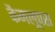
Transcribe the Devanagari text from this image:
कैमलूपस